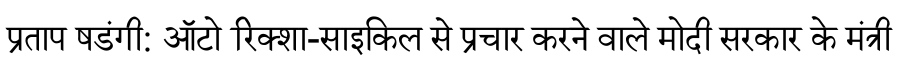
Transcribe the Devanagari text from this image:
प्रताप षडंगी: ऑटो रिक्शा-साइकिल से प्रचार करने वाले मोदी सरकार के मंत्री